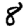
Digit: 8